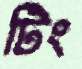
টিং